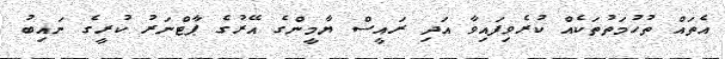
އެތައް ތުހުމަތުތަކެއް ކުރެވިފައިވާ އަދި ރައީސް ޔާމީންގެ އޭރުގެ ޕާޓްނަރު ކުރީގެ ނައިބު